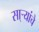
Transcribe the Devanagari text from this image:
सा्र्‍यांचे